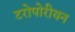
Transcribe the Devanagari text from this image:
टरोपोरीयन